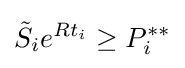
{\tilde {S}}_{i}e^{Rt_{i}}\geq P_{i}^{**}